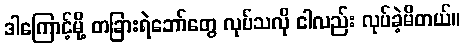
ဒါကြောင့်မို့ တခြားရဲဘော်တွေ လုပ်သလို ငါလည်း လုပ်ခဲ့မိတယ်။